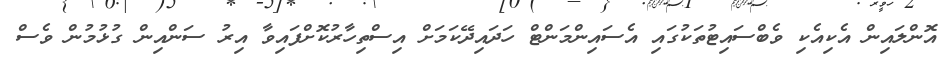
އޮންލައިން އެކިއެކި ވެބްސައިޓުތަކުގައި އެސައިންމަންޓް ހަދައިދޭކަމަށް އިސްތިހާރުކޮށްފައިވާ އިރު ސަންއިން ގުޅުމުން ވެސް